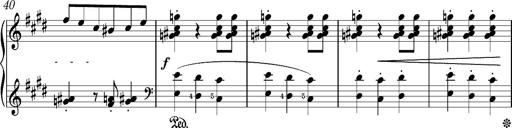
Title: Valses oubliÃ©es
Composer: Franz Liszt